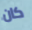
كان